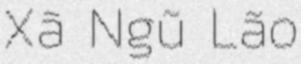
Xã Ngũ Lão